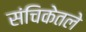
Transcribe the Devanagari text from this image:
संचिकेतले